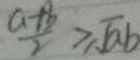
\frac { a + b } { 2 } \geq \sqrt { a b }